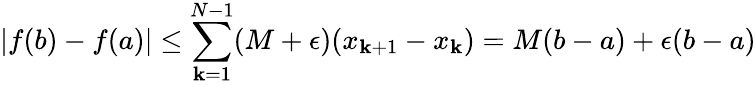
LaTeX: |f(b)-f(a)|\leq\sum_{\mathbf{k}=1}^{N-1}(M+\epsilon)(x_{\mathbf{k}+1}-x_{\mathbf{k}})=M(b-a)+\epsilon(b-a)